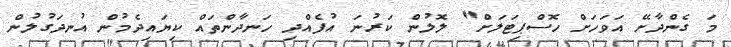
މަ ގެންދާށޭ އަވަހަށް ހޮސްޕިޓަލަށް" ލޮލުން ކަރުނަ އުފެއްދި ހަނދާންތައް ކިޔައިދެމުން އުނދަގުލުން